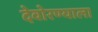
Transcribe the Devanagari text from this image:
देवोरण्याला